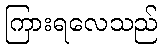
ကြားရလေသည်